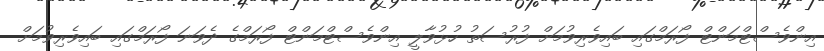
އިންވެސްޓްމަންޓް ފޯރަމްގައި ބައިވެރިވުމަށް ފުރުސަތު ހުޅުވާލީ އިންވެސްޓްމަންޓް ފޯރަމްގެ ދެވަނަ ފޯރަމްގައި ބައިވެރިވުމަށް